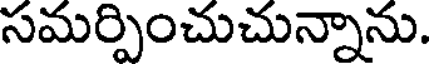
సమర్పించుచున్నాను.